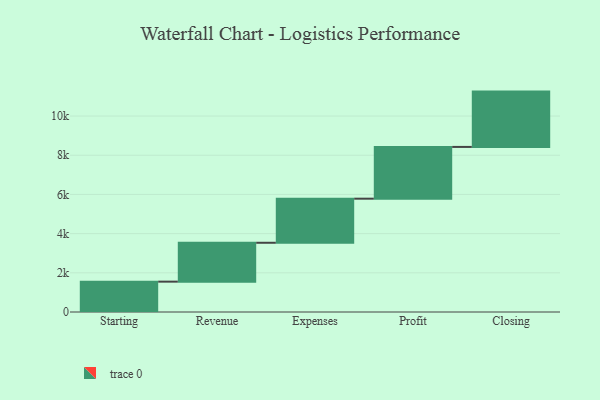
{"axis": {"x": "Step", "y": "Value"}, "legend": [""], "data": [{"x": "Starting", "y": 1549.0, "type": ""}, {"x": "Revenue", "y": 1984.0, "type": ""}, {"x": "Expenses", "y": 2250.0, "type": ""}, {"x": "Profit", "y": 2642.0, "type": ""}, {"x": "Closing", "y": 2823.0, "type": ""}]}